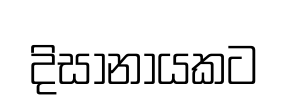
දිසානායකට